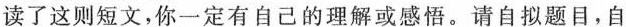
读了这则短文，你一定有自己的理解或感悟。请自拟题目，自